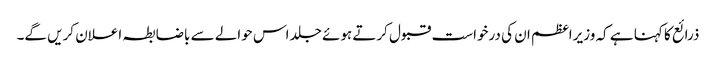
ذرائع کا کہنا ہے کہ وزیراعظم ان کی درخواست قبول کرتے ہوئے جلد اس حوالے سے باضابطہ اعلان کریں گے۔